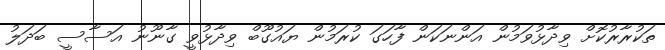
ތަކުރާރުކޮށް ވިދާޅުވަމުން އަންނަކަން ފާހަގަ ކުރަމުން ޔައުގޫބް ވިދާޅުވީ ގާނޫނު އަސާސީ ބަދަލު